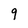
Character: 9